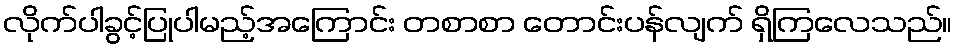
လိုက်ပါခွင့်ပြုပါမည့်အကြောင်း တစာစာ တောင်းပန်လျက် ရှိကြလေသည်။